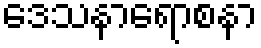
ဒေသနာရောစနာ